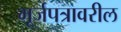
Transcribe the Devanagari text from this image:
भूर्जपत्रावरील